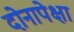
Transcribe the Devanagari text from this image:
दोनापेक्षा